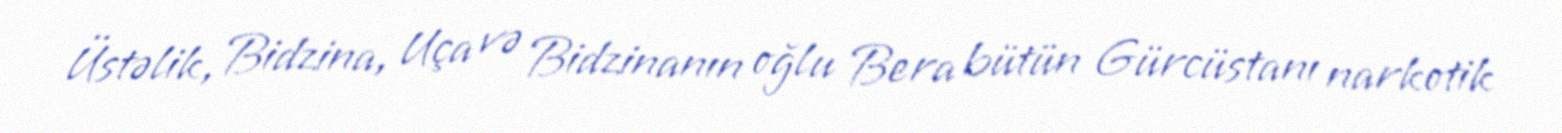
Üstəlik, Bidzina, Uça və Bidzinanın oğlu Bera bütün Gürcüstanı narkotik